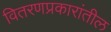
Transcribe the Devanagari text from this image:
वितरणप्रकारांतील